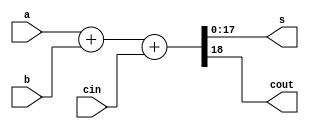
//Bo cong 2 so 18 bit
module adder
	#(parameter n = 18)
	(a,b,cin,s,cout);
	input [n-1:0]a,b;
	input cin;
	output [n-1:0]s;
	output cout;
	assign {cout,s[n-1:0]} = a + b + cin;
endmodule